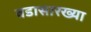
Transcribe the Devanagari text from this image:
वडासारख्या